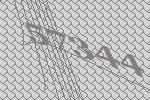
57344